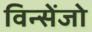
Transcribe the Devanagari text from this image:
विन्सेंजो